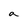
Character: a